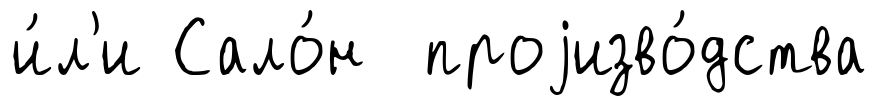
и́л'и Сало́н проjизво́дства